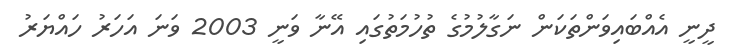
ދީނީ އެއްބައިވަންތަކަން ނަގާލުމުގެ ތުހުމަތުގައި އޭނާ ވަނީ 2003 ވަނަ އަހަރު ހައްޔަރު